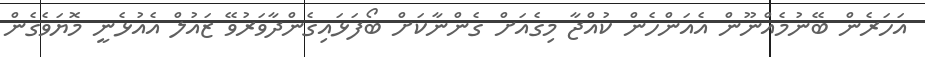
އަހަރެން ބޭނުމެއްނޫން އެއަންހެން ކުއްޖާ މިގެއަށް ގެންނާކަށް ބޯފަޅައިގެންދާވަރުވޭ ޒައުލް އެއުޅެނީ މޮޔަވެގެން